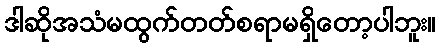
ဒါဆိုအသံမထွက်တတ်စရာမရှိတော့ပါဘူး။